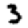
Digit: 3